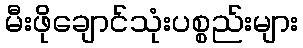
မီးဖိုချောင်သုံးပစ္စည်းများ